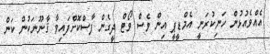
އެއްވެއުޅުން ހަނިކުރަނީ އެމްޑީޕީ އިން ވެސް ވޯޓް ދީގެން ފާސްކޮށްފައިވާ ޤާނޫނަކުން ކަން